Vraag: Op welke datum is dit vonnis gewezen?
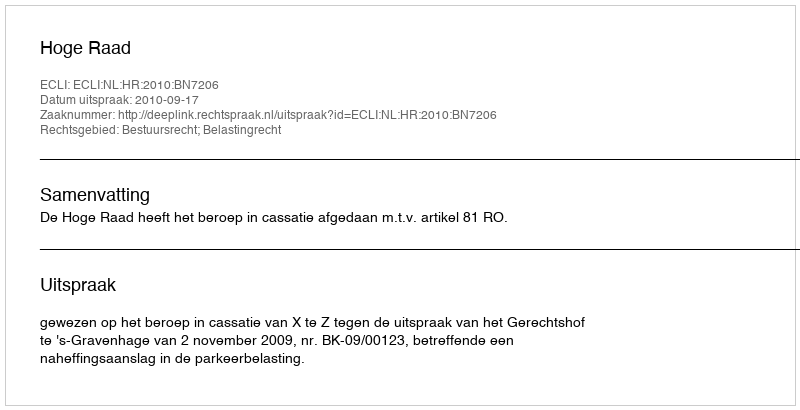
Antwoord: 2010-09-17